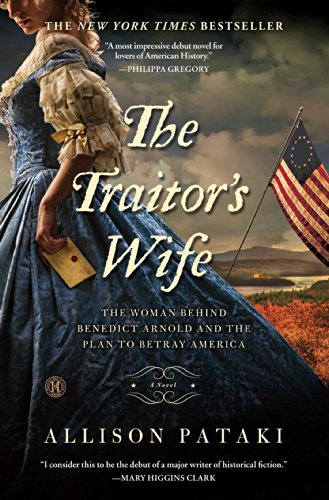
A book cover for The Traitor's Wife: A Novel; Allison Pataki; Literature & Fiction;